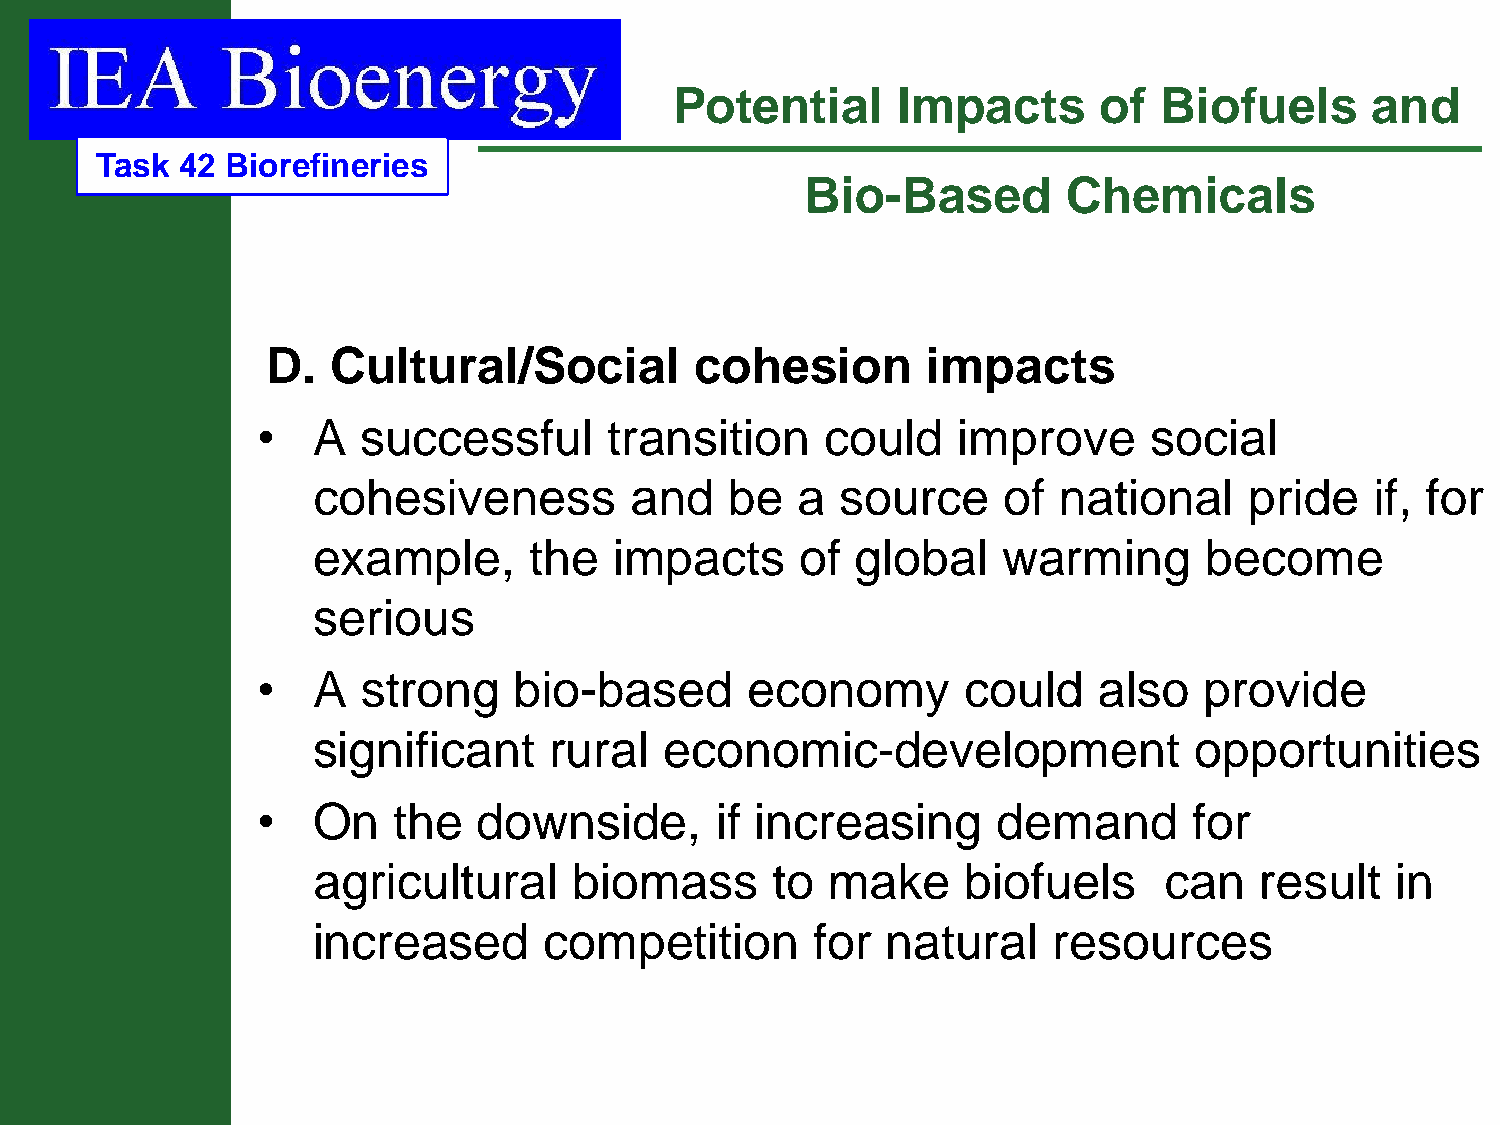
Potential     Impacts       of  Biofuels      and
 Task  42 Biorefineries
 Bio-Based         Chemicals
 D.  Cultural/Social         cohesion       impacts
 •   A  successful      transition     could   improve      social
 cohesiveness         and   be   a  source    of  national     pride   if, for
 example,      the   impacts     of  global   warming       become
 serious
 •   A  strong    bio-based      economy        could    also   provide
 significant    rural   economic-development               opportunities
 •   On   the   downside,      if increasing      demand       for
 agricultural     biomass      to  make     biofuels     can   result   in
 increased      competition       for  natural    resources